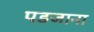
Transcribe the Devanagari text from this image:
पडजाना